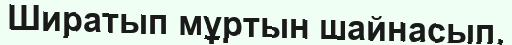
Ширатып мұртын шайнасып,